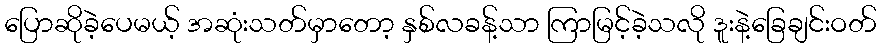
ပြောဆိုခဲ့ပေမယ့် အဆုံးသတ်မှာတော့ နှစ်လခန့်သာ ကြာမြင့်ခဲ့သလို ဒူးနဲ့ခြေချင်းဝတ်